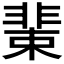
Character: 𩇹